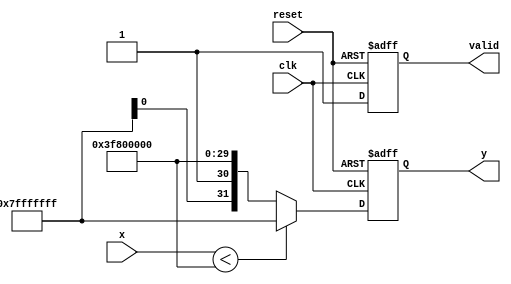
module acosh(
    input wire clk,
    input wire reset,
    input wire [31:0] x,          // IEEE 754 single precision floating-point input
    output reg [31:0] y,          // IEEE 754 single precision floating-point output
    output reg valid              // Indicates valid output
);

    // Internal signals
    reg [31:0] x_squared;
    reg [31:0] x_squared_minus_one;
    reg [31:0] sqrt_result;
    reg [31:0] ln_result;
    reg is_valid;

    // Floating-point operations - these should be implemented or replaced with actual modules
    function [31:0] float_mult(input [31:0] a, input [31:0] b);
        // Implement floating-point multiplication (IEEE 754)
    endfunction

    function [31:0] float_sqrt(input [31:0] a);
        // Implement floating-point square root (IEEE 754)
    endfunction

    function [31:0] float_ln(input [31:0] a);
        // Implement floating-point natural logarithm (IEEE 754)
    endfunction

    always @(posedge clk or negedge reset) begin
        if (!reset) begin
            y <= 32'b0;
            valid <= 1'b0;
            is_valid <= 1'b0;
        end else begin
            // Input validation: Check if x < 1
            if (x < 32'h3F800000) begin // 1 in IEEE 754 Single Precision
                y <= 32'h7FFFFFFF; // NaN or Error signal
                valid <= 1'b1; // Invalid output
                is_valid <= 1'b0;
            end else begin
                // Compute x^2
                x_squared <= float_mult(x, x);
                
                // Compute x^2 - 1
                x_squared_minus_one <= x_squared - 32'h3F800000; // 1 in IEEE 754

                // Compute sqrt(x^2 - 1)
                sqrt_result <= float_sqrt(x_squared_minus_one);

                // Compute x + sqrt(x^2 - 1)
                y <= float_mult(x, sqrt_result);

                // Compute ln(x + sqrt(x^2 - 1))
                y <= float_ln(y);

                // Indicate valid output
                valid <= 1'b1;
                is_valid <= 1'b1;
            end
        end
    end

endmodule